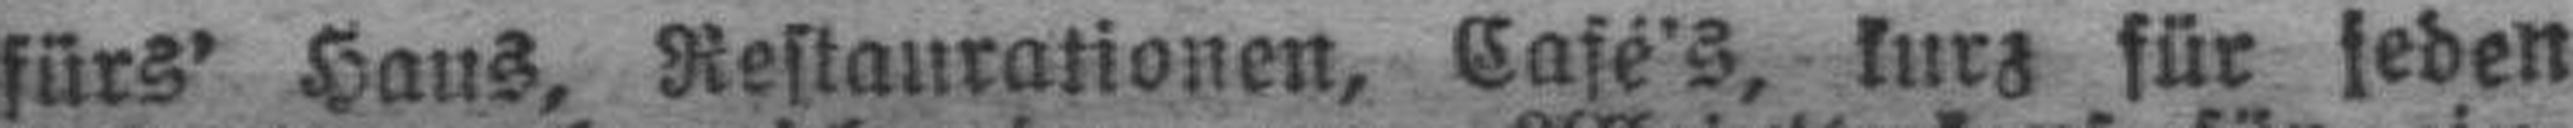
fürs' Haus, Restaurationen, Café's, kurz für jeden